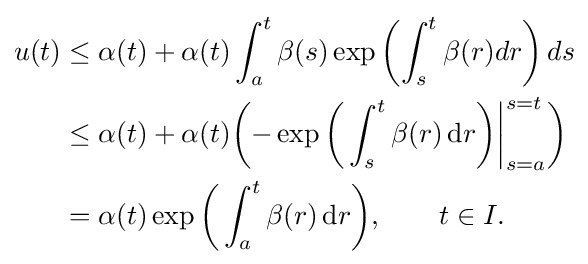
{\begin{aligned}u(t)&\leq \alpha (t)+\alpha (t)\int _{a}^{t}\beta (s)\exp \left(\int _{s}^{t}\beta (r)dr\right)ds\\&\leq \alpha (t)+\alpha (t){\biggl (}{-}\exp {\biggl (}\int _{s}^{t}\beta (r)\,\mathrm {d} r{\biggr )}{\biggr |}_{s=a}^{s=t}{\biggr )}\\&=\alpha (t)\exp {\biggl (}\int _{a}^{t}\beta (r)\,\mathrm {d} r{\biggr )},\qquad t\in I.\end{aligned}}